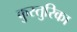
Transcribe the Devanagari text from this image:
कुस्तुरिका